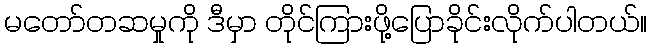
မတော်တဆမှုကို ဒီမှာ တိုင်ကြားဖို့ပြောခိုင်းလိုက်ပါတယ်။